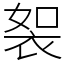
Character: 䘫